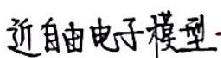
近自由电子模型